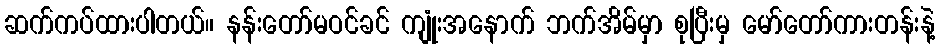
ဆက်ကပ်ထားပါတယ်။ နန်းတော်မဝင်ခင် ကျုံးအနောက် ဘက်အိမ်မှာ စုပြီးမှ မော်တော်ကားတန်းနဲ့